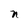
Character: n